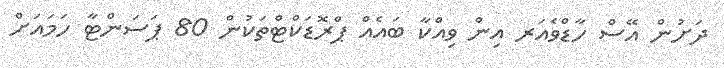
ދަށުން އޭސް ހާޑްވެއަރ އިން ވިއްކާ ބައެއް ޕްރޮޑަކްޓްތަކުން 80 ޕަސަންޓާ ހަމައަށް